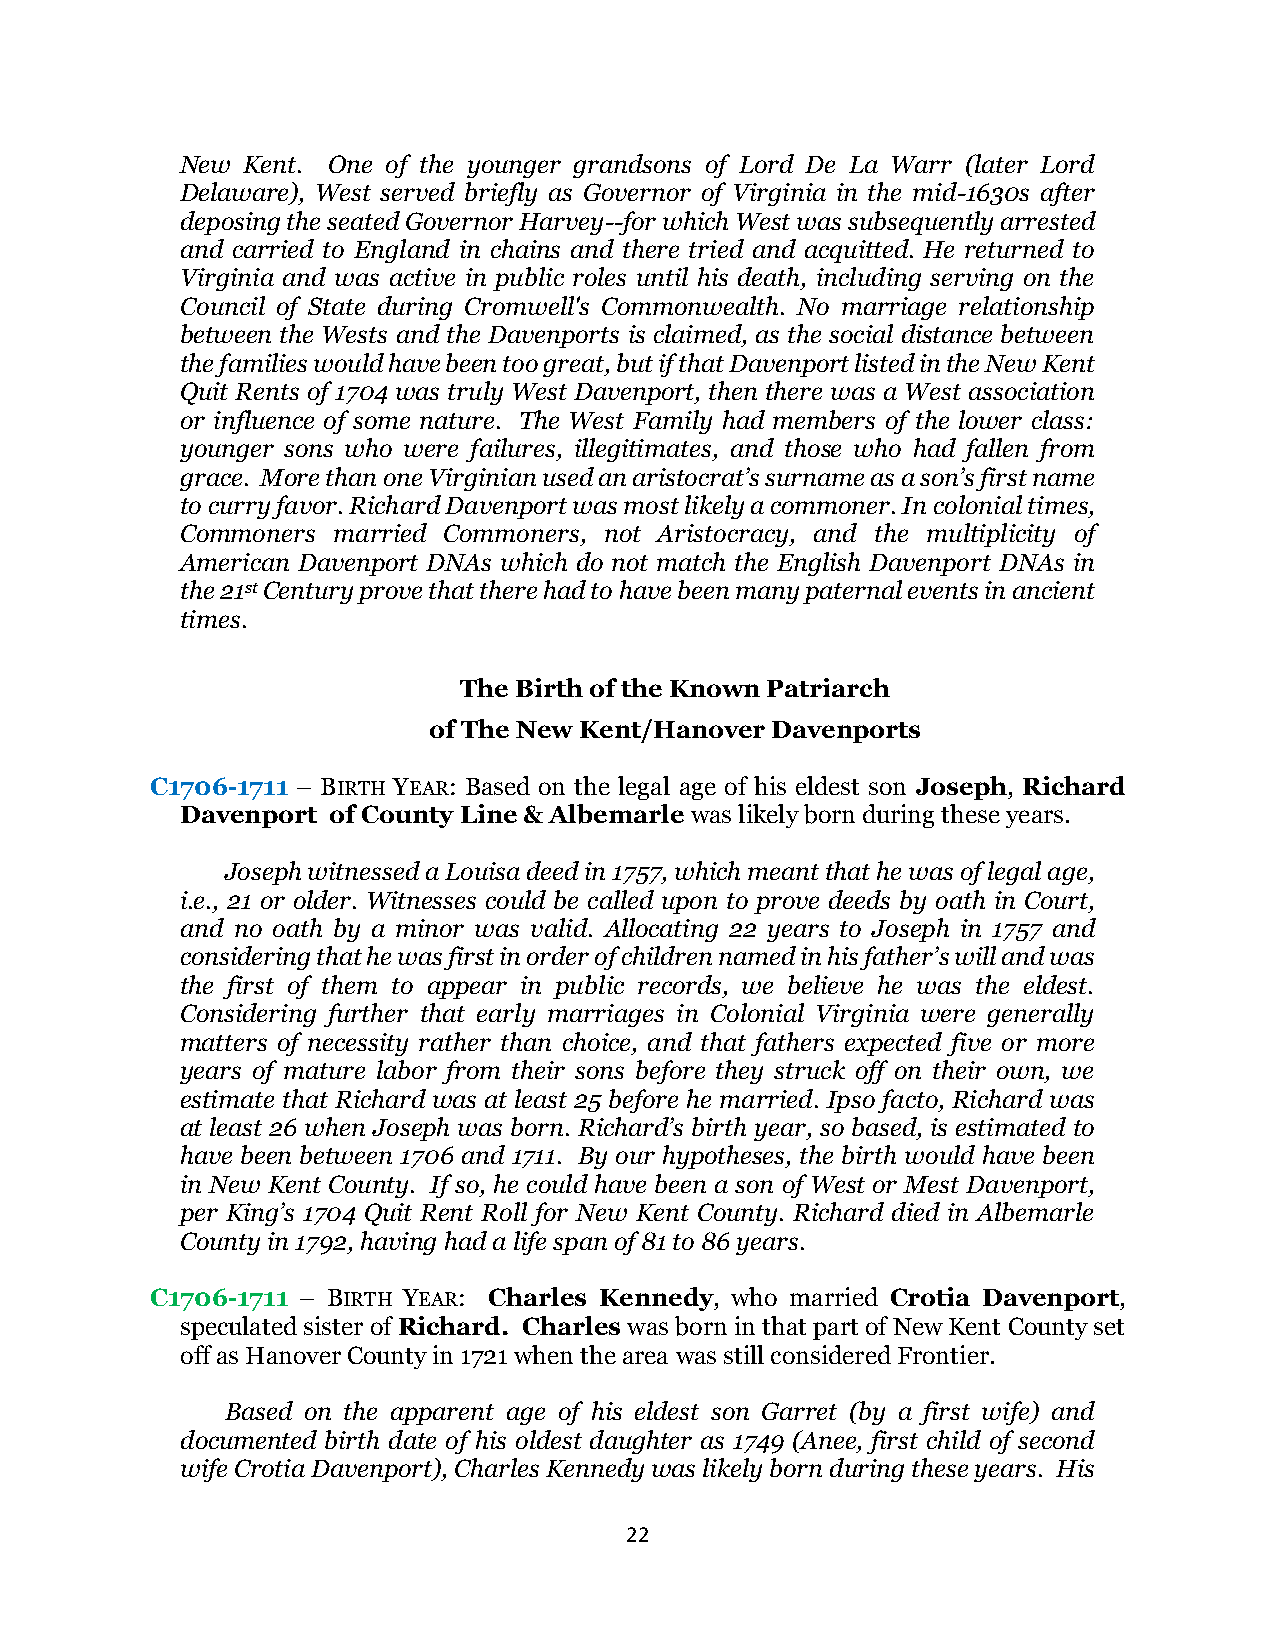
New Kent. One of the younger grandsons of Lord De La Warr (later Lord
 Delaware), West served briefly as Governor of Virginia in the mid-1630s after
 deposing the seated Governor Harvey--for which West was subsequently arrested
 and carried to England in chains and there tried and acquitted. He returned to
 Virginia and was active in public roles until his death, including serving on the
 Council of State during Cromwell's Commonwealth. No marriage relationship
 between the Wests and the Davenports is claimed, as the social distance between
 the families would have been too great, but if that Davenport listed in the New Kent
 Quit Rents of 1704 was truly West Davenport, then there was a West association
 or influence of some nature. The West Family had members of the lower class:
 younger sons who were failures, illegitimates, and those who had fallen from
 grace. More than one Virginian used an aristocrat’s surname as a son’s first name
 to curry favor. Richard Davenport was most likely a commoner. In colonial times,
 Commoners married Commoners, not Aristocracy, and the multiplicity of
 American Davenport DNAs which do not match the English Davenport DNAs in
 the 21st Century prove that there had to have been many paternal events in ancient
 times.
 The Birth of the Known Patriarch
 of The New Kent/Hanover Davenports
 C1706-1711 – BIRTH YEAR: Based on the legal age of his eldest son Joseph, Richard
 Davenport of County Line & Albemarle was likely born during these years.
 Joseph witnessed a Louisa deed in 1757, which meant that he was of legal age,
 i.e., 21 or older. Witnesses could be called upon to prove deeds by oath in Court,
 and no oath by a minor was valid. Allocating 22 years to Joseph in 1757 and
 considering that he was first in order of children named in his father’s will and was
 the first of them to appear in public records, we believe he was the eldest.
 Considering further that early marriages in Colonial Virginia were generally
 matters of necessity rather than choice, and that fathers expected five or more
 years of mature labor from their sons before they struck off on their own, we
 estimate that Richard was at least 25 before he married. Ipso facto, Richard was
 at least 26 when Joseph was born. Richard’s birth year, so based, is estimated to
 have been between 1706 and 1711. By our hypotheses, the birth would have been
 in New Kent County. If so, he could have been a son of West or Mest Davenport,
 per King’s 1704 Quit Rent Roll for New Kent County. Richard died in Albemarle
 County in 1792, having had a life span of 81 to 86 years.
 C1706-1711 – BIRTH YEAR: Charles Kennedy, who married Crotia Davenport,
 speculated sister of Richard. Charles was born in that part of New Kent County set
 off as Hanover County in 1721 when the area was still considered Frontier.
 Based on the apparent age of his eldest son Garret (by a first wife) and
 documented birth date of his oldest daughter as 1749 (Anee, first child of second
 wife Crotia Davenport), Charles Kennedy was likely born during these years. His
 22